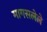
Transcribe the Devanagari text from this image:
मागसलेले